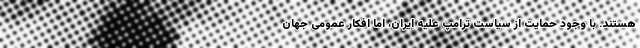
هستند. با وجود حمایت از سیاست ترامپ علیه ایران، اما افکار عمومی جهان